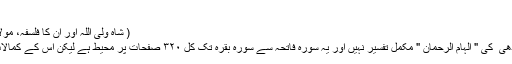
“
( شاہ ولی اللہ اور ان کا فلسفہ، مولانا سندھیؒ، ۲۲ )
گو کہ مولانا سندھی ؒ کی " الہام الرحمان " مکمل تفسیر نہیں اور یہ سورہ فاتحہ سے سورہ بقرہ تک کل ۳۲۰ صفحات پر محیط ہے لیکن اس کے کمالات بے شمار ہیں۔